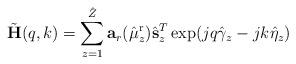
LaTeX: \begin{align*} \tilde{\mathbf{H}}(q,k)=\sum_{z=1}^{\hat{Z}}\mathbf{a}_r(\hat{\mu}^{\mathrm{r}}_z)\hat{\mathbf{s}}^T_z\exp(jq\hat{\gamma}_{z}-jk\hat{\eta}_z)\end{align*}